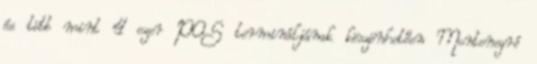
és több mint 4 ezer POS termináljának köszönhetően Montenegró